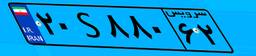
۹۱S۳۳۶۹۷